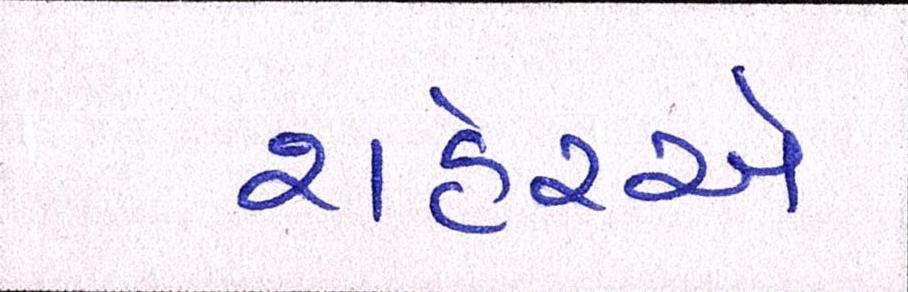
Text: શહેરએ